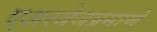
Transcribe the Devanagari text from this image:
एअरवेजप्रमाणे